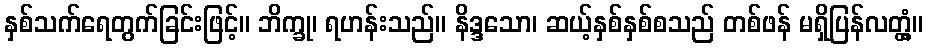
နှစ်သက်ရေတွက်ခြင်းဖြင့်။ ဘိက္ခု၊ ရဟန်းသည်။ နိဒ္ဒသော၊ ဆယ့်နှစ်နှစ်စသည် တစ်ဖန် မရှိပြန်လတ္တံ့။